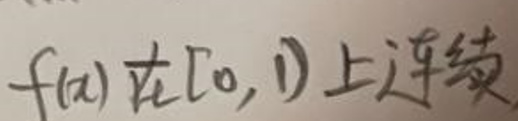
$f(x)$在[0,1)上连续